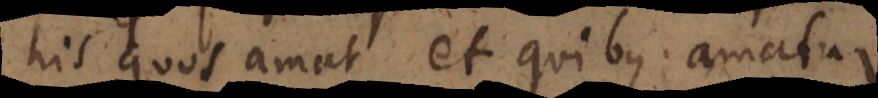
his quos amat et quibus amatur.